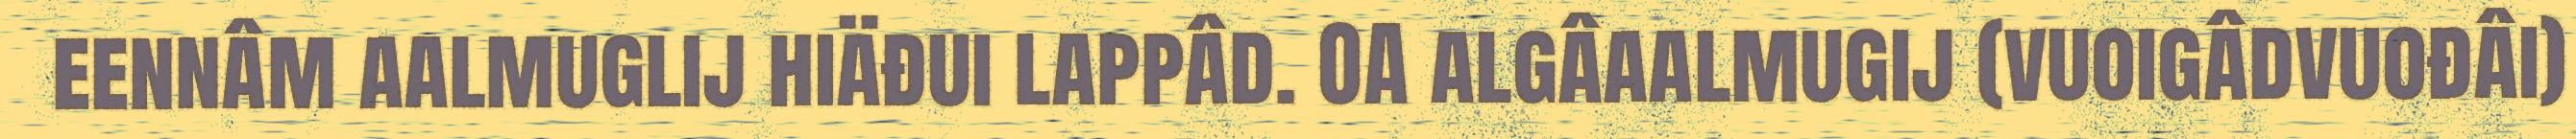
eennâm aalmuglij hiäđui lappâd. OA algâaalmugij (vuoigâdvuođâi)